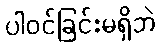
ပါဝင်ခြင်းမရှိဘဲ